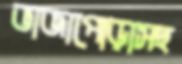
ভাজাপোড়াসহ